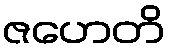
ဇဟေတိ